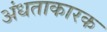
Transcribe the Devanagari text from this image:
अंधताकारक